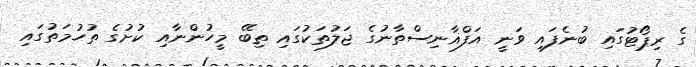
ގެ ރިޕޯޓުގައި ބުނެފައި ވަނީ އަފްޣާނިސްތާނުގެ ޖަލުތަކުގައި ތިބޭ މީހުންނާއި ކުށުގެ ތުހުމަތުގައި